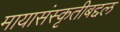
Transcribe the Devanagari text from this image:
मायासंस्कृतीबद्दल